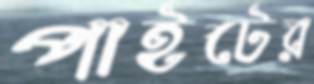
পাইটের